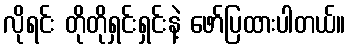
လိုရင်း တိုတိုရှင်းရှင်းနဲ့ ဖော်ပြထားပါတယ်။